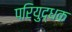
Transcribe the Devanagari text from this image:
परियुद्धक